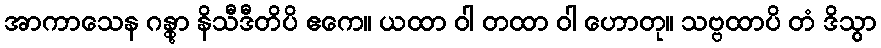
အာကာသေန ဂန္တွာ နိသီဒီတိပိ ဧကေ။ ယထာ ဝါ တထာ ဝါ ဟောတု။ သဗ္ဗထာပိ တံ ဒိသွာ